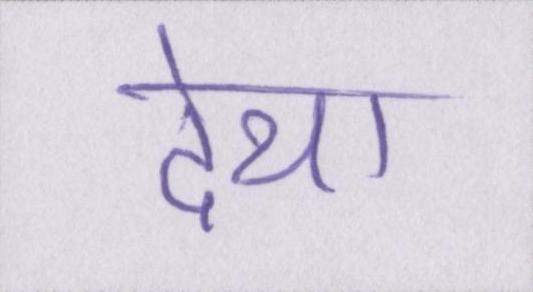
देथा